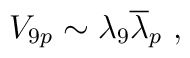
V_{9p}\sim\lambda_9 {\overline \lambda}_p~,